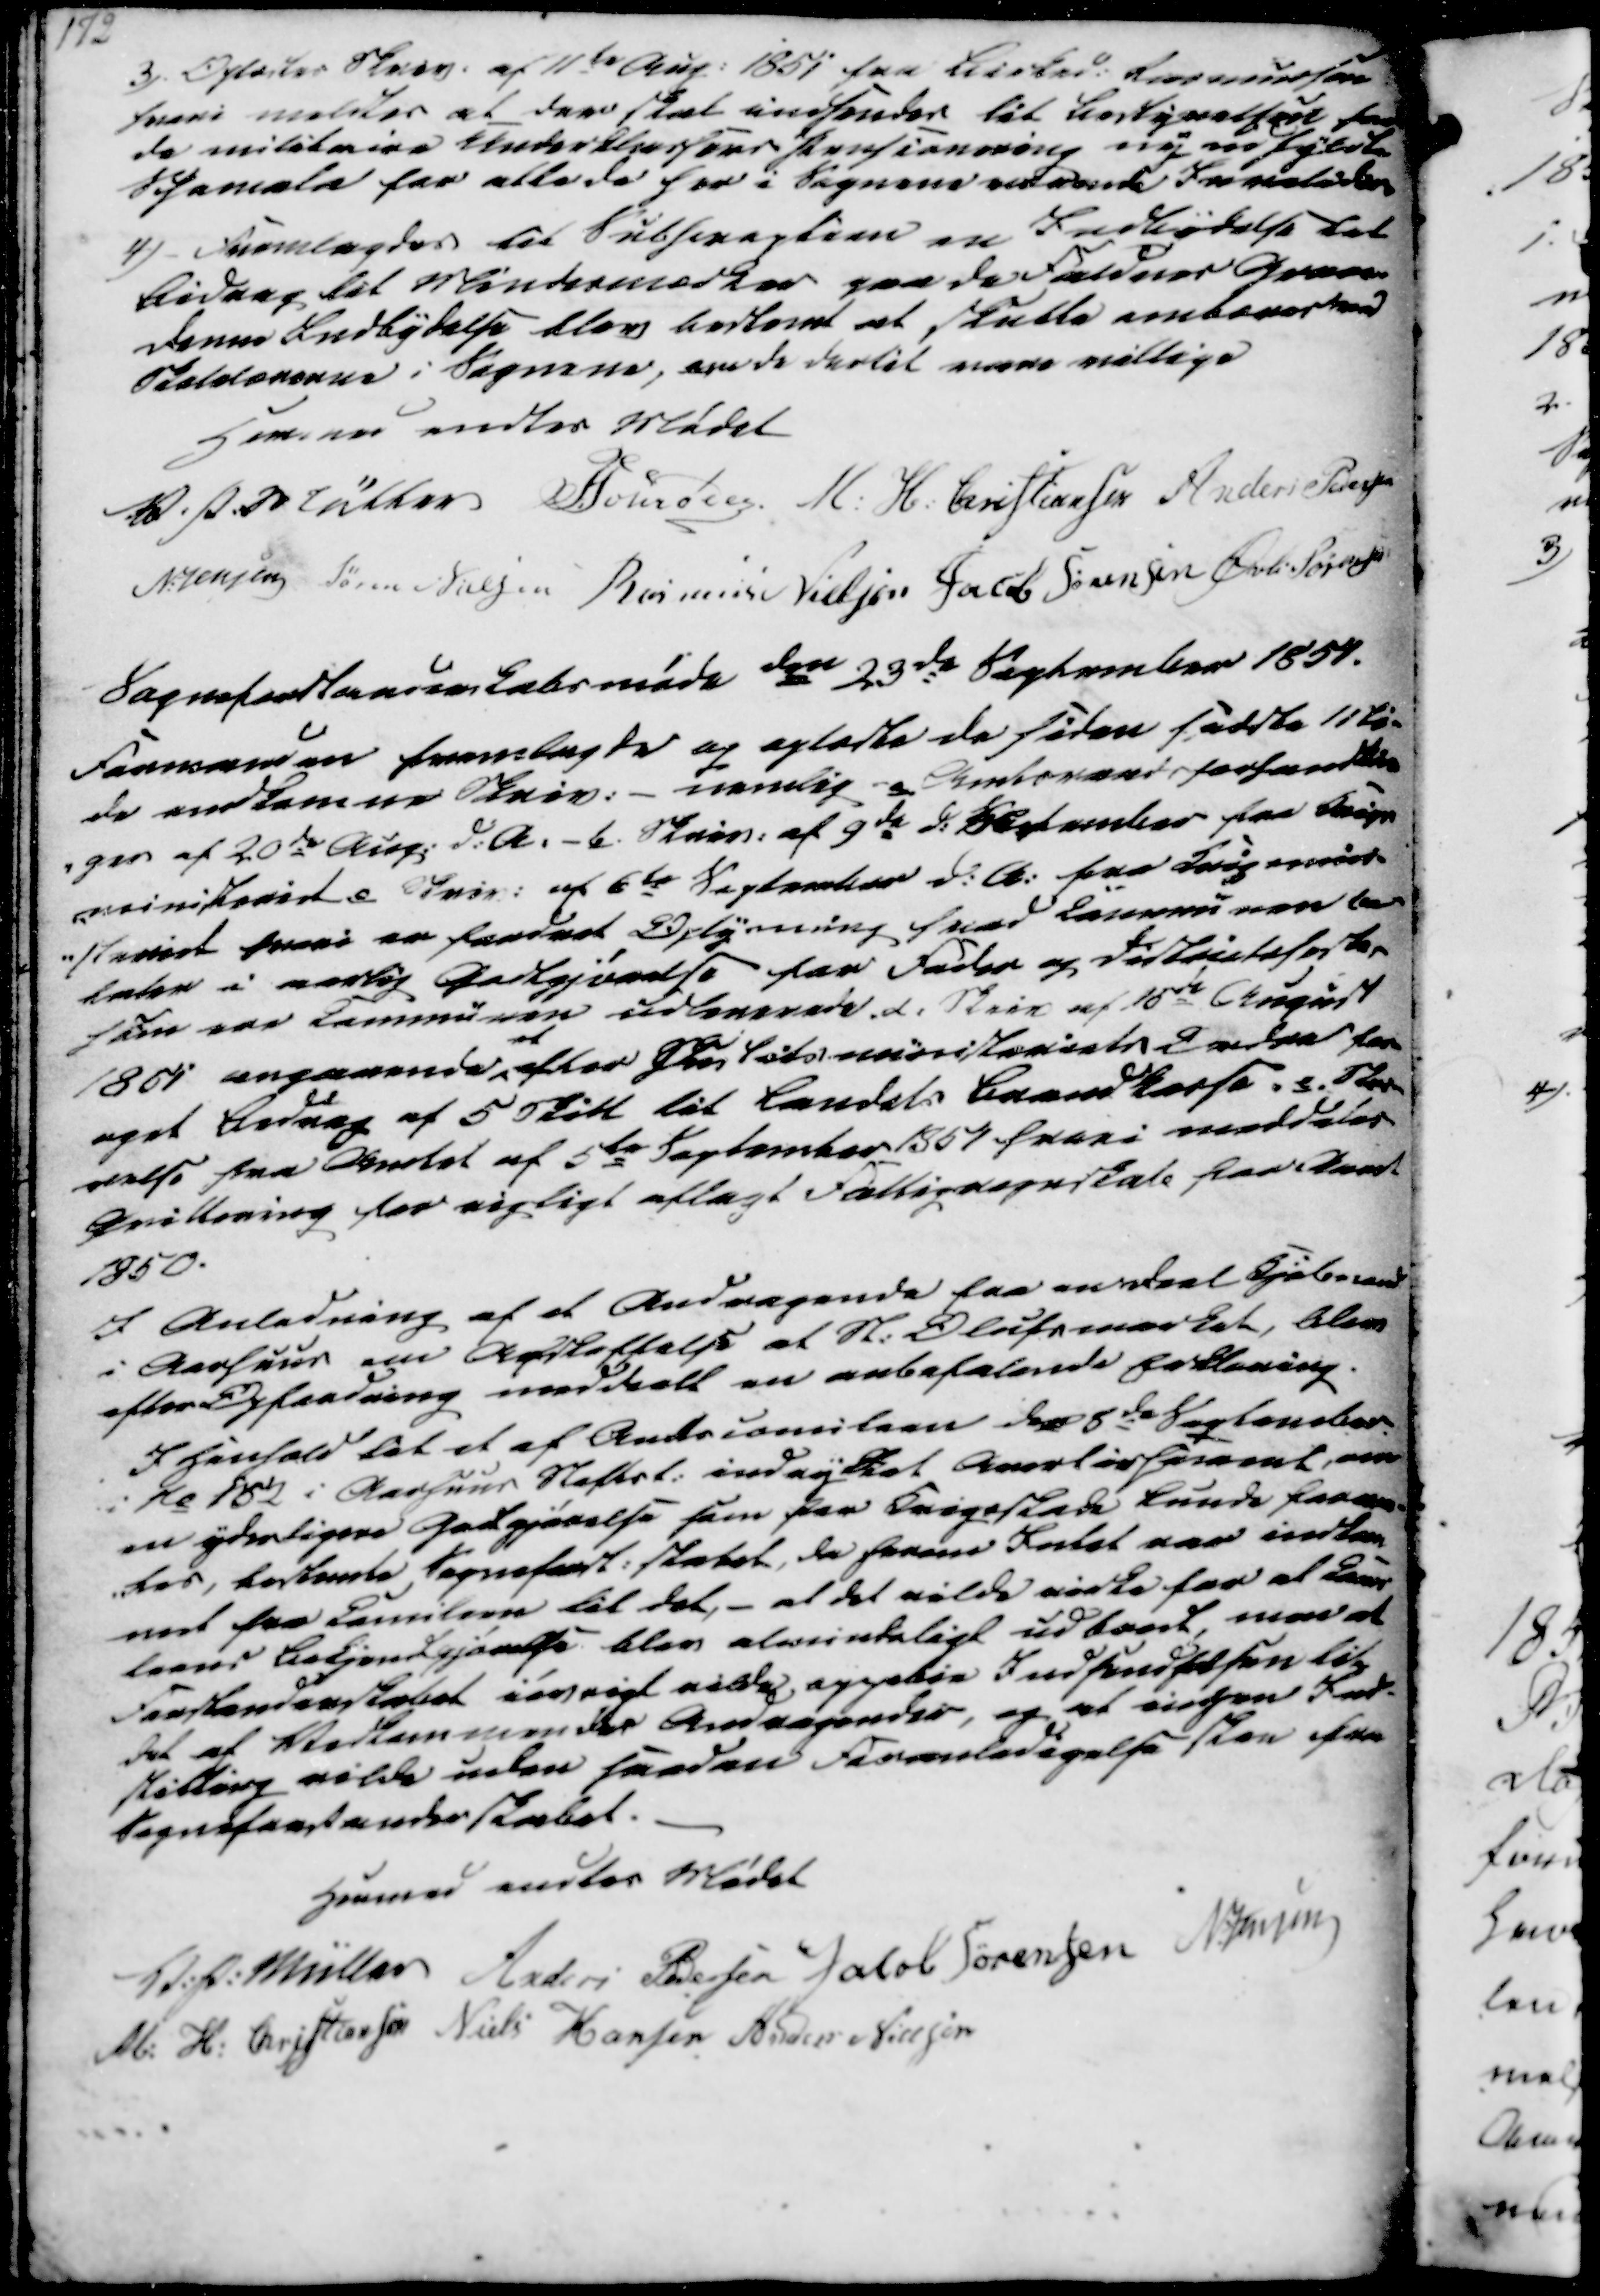
Transskription:
3). Oplæstes Skriv. af 11te Aug. 1851 fra Birked. Rasmussen
hvori meldtes at der skal indsendes til Bestyrelsen for
de militaire Underklassers Pensionering ny udfyldte
Schemata for alle de her i Sognene værende Indvalide.
4) - Fremlagdes til Subsraption en Indbydelse til
Bidrag til Mindesmærker paa de Faldnes Grave
Denne Indbydelse blev bestemt at skulle ombæres ved
Skolelærerne i Sognene, om de dertil være villige

Hermed endtes Mødet
V. P. Müller
Schroder
M. H. Christiansen
Anders Pedersen
N. Jensen
Søren Nielsen
Rasmus Nielsen
Jacob Sørensen
Øvli Sørensen

Sogneforstanderskabsmøde den 23de September 1851.
Formanden fremlagde og oplæste de siden sidste 11ti-
de endkomne Skriv. - nemlig a. Amtsraadsforhandlin
-ger af 20de Aug. d.A. - b. Skriv. af 9de d. September fra Krigs
-ministeriet c Skriv. af 6te September d.A. fra Krigsmini
-steriet hvori er fordret Oplysning hvad Communen be-
taler i aarlig Godtgjørelse for Foder og Districtsheste
som ere Communen udleverede. d. Skriv af 15de August
1851 angaaende
at
efter Justitsministeriets Ordre for
oget Bidrag af 5 Skill til Landets Brandkasse. e. Skri-
velse fra Amtet af 5te September 1851, hvori meddeles
Qvittering for rigtigt aflagt Fattigregnskab for Aaret
1850.
I Anledning af et Andragende fra en Deel Kjolemænd
i Aarhuus om Afskaffelse af St. Olufsmarket, blev
efter Opfordring meddeelt en anbefalende Erklæring.
I Henhold til et af Andscomiteen den 8de September
i No 182 i Aarhuus Stiftst. indrykket Avertissement, om
en yderligere Godtgjørelse som for Krigsskade kunde forren-
-tes, bestemte Sogneforst.skabet, da herom Intet var indkom-
met fra Comiteen til det,- at det vilde virke for at Cans
lerns Bekjendgjørelse blev almindeligt udbredt men at
Forstanderskabet iøvrigt vilde oppebie Indsendelsen til
det af Vedkommendes Andragendes, og at ingen Ind-
stilling vilde uden saadan Foranledigelse skee fra
Sogneforstanderskabet.

Hermed endtes Mødet
V. P. Müller
Anders Pedersen
Jakob Sørensen
N. Jensen
M. H. Christiansen
Niels Hansen
Anders Nielsen